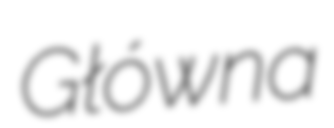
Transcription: Główna